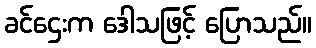
ခင်ဌေးက ဒေါသဖြင့် ပြောသည်။